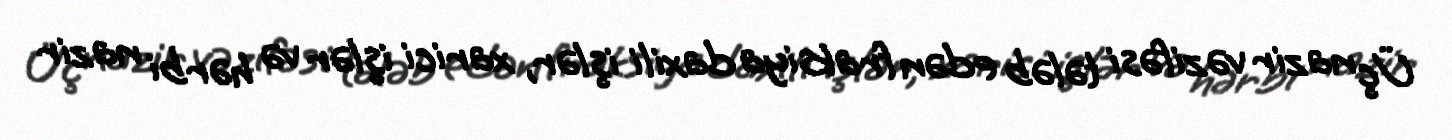
Üç nazir vəzifəsi tələb edən fraksiya daxili işlər, xarici işlər və hərbi nazir